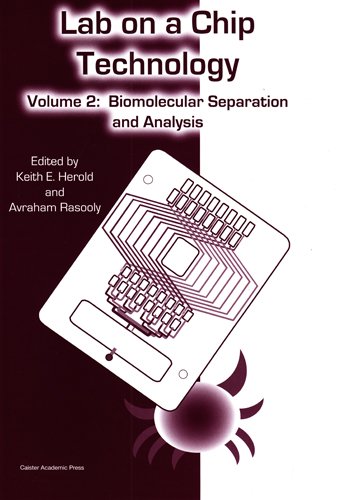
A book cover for Lab on a Chip Technology: Volume 2: Biomolecular Separation and Analysis; Science & Math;